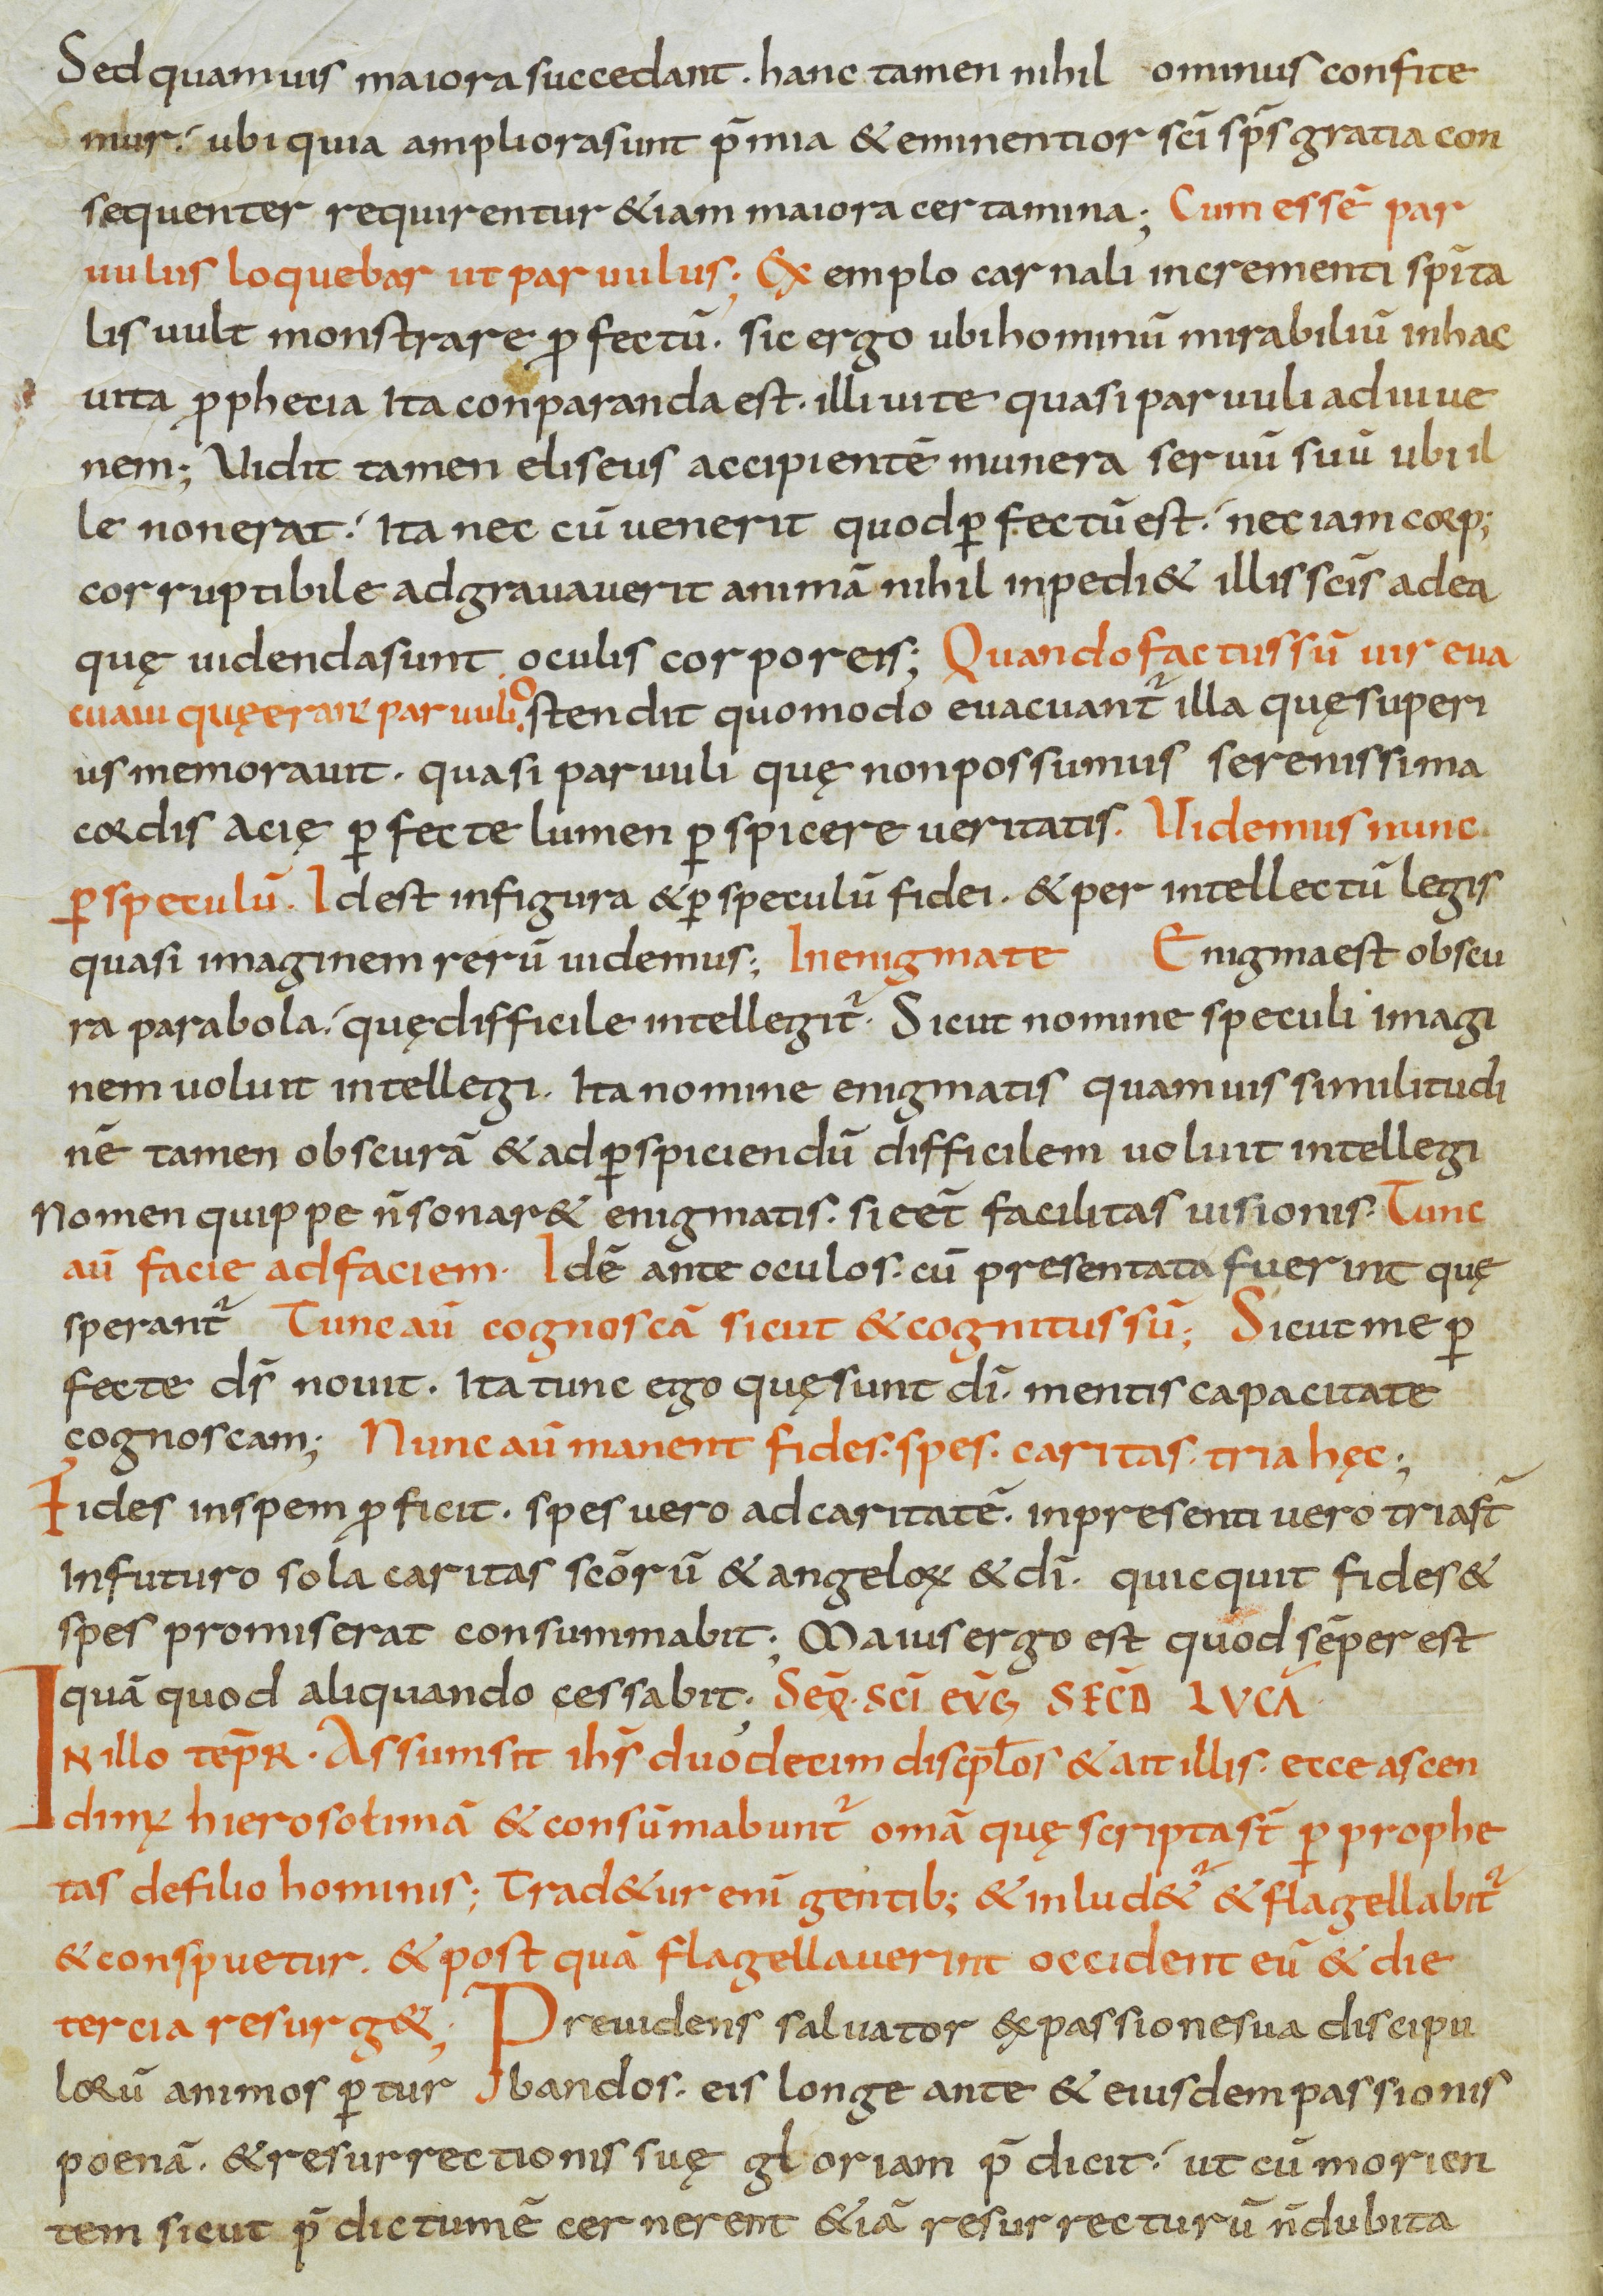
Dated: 800–899